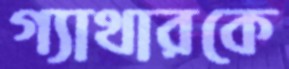
গ্যাথারকে